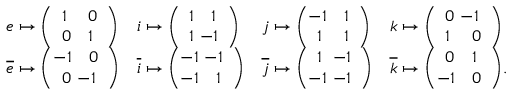
{ \begin{array} { l l l l } { e \mapsto { \left( \begin{array} { l l } { 1 } & { 0 } \\ { 0 } & { 1 } \end{array} \right) } } & { i \mapsto { \left( \begin{array} { l l } { 1 } & { 1 } \\ { 1 } & { \! \! \! \! - 1 } \end{array} \right) } } & { j \mapsto { \left( \begin{array} { l l } { \! \! \! - 1 } & { 1 } \\ { 1 } & { 1 } \end{array} \right) } } & { k \mapsto { \left( \begin{array} { l l } { 0 } & { \! \! \! \! - 1 } \\ { 1 } & { 0 } \end{array} \right) } } \\ { { \overline { { e } } } \mapsto { \left( \begin{array} { l l } { \! \! \! - 1 } & { 0 } \\ { 0 } & { \! \! \! \! - 1 } \end{array} \right) } } & { { \overline { { i } } } \mapsto { \left( \begin{array} { l l } { \! \! \! - 1 } & { \! \! \! \! - 1 } \\ { \! \! \! - 1 } & { 1 } \end{array} \right) } } & { { \overline { { j } } } \mapsto { \left( \begin{array} { l l } { 1 } & { \! \! \! \! - 1 } \\ { \! \! \! - 1 } & { \! \! \! \! - 1 } \end{array} \right) } } & { { \overline { { k } } } \mapsto { \left( \begin{array} { l l } { 0 } & { 1 } \\ { \! \! \! - 1 } & { 0 } \end{array} \right) } . } \end{array} }